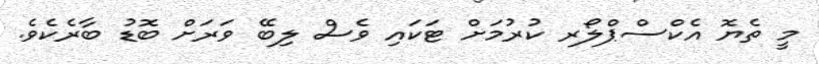
މީ ތެޔޮ އެކްސްޕްލޯރ ކުރުމަށް ޓަކައި ވެސް ލިބޭ ވަރަށް ބޮޑު ބާރެކެވެ.